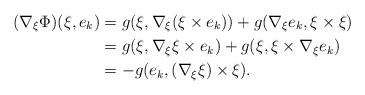
LaTeX: \begin{align*}(\nabla_{\xi}\Phi)(\xi,e_k)&=g(\xi,\nabla_\xi(\xi\times e_k))+g(\nabla_\xi e_k,\xi\times\xi)\\&=g(\xi,\nabla_\xi \xi\times e_k)+g(\xi,\xi\times\nabla_\xi e_k) \\&=-g(e_k,(\nabla_\xi \xi)\times\xi).\end{align*}